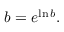
b = e ^ { \ln b } .